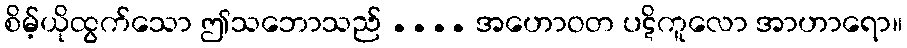
စိမ့်ယိုထွက်သော ဤသဘောသည် .... အဟောဝတ ပဋိကူလော အာဟာရော။